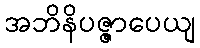
အဘိနိပဇ္ဇာပေယျ